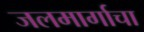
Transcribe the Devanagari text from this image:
जलमार्गाचा